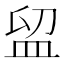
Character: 𥁚